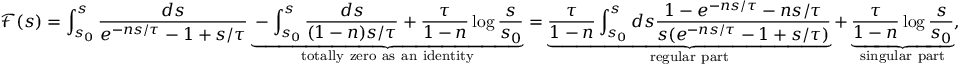
\mathcal { F } ( s ) = \int _ { s _ { 0 } } ^ { s } \frac { d s } { e ^ { - n s / \tau } - 1 + s / \tau } \underbrace { - \int _ { s _ { 0 } } ^ { s } \frac { d s } { ( 1 - n ) s / \tau } + \frac { \tau } { 1 - n } \log \frac { s } { s _ { 0 } } } _ { \mathrm { t o t a l l y ~ z e r o ~ a s ~ a n ~ i d e n t i t y } } = \underbrace { \frac { \tau } { 1 - n } \int _ { s _ { 0 } } ^ { s } d s \frac { 1 - e ^ { - n s / \tau } - n s / \tau } { s ( e ^ { - n s / \tau } - 1 + s / \tau ) } } _ { \mathrm { r e g u l a r ~ p a r t } } + \underbrace { \frac { \tau } { 1 - n } \log \frac { s } { s _ { 0 } } } _ { \mathrm { s i n g u l a r ~ p a r t } } ,